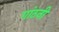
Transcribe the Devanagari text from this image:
गांठनी